Vaccination in Bombay 1869-1873 - 1869-1873
Year: 1869
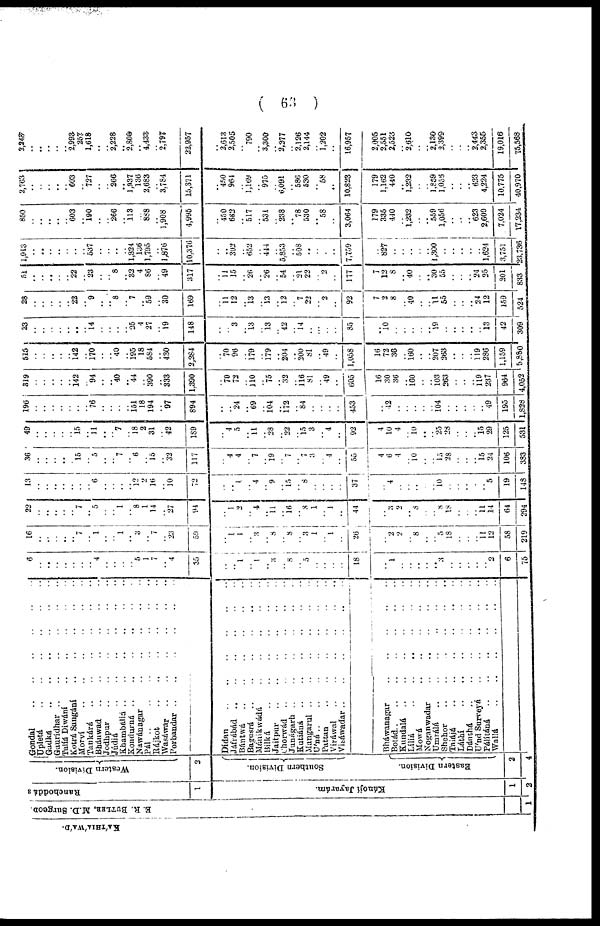
( 63 )
KÁTHÁWÁD.
E. R. BUTLHR, M.D. Surgeon.
1
Ranchoddás
1
Kánojí Jayarám.
1
2
Western Division.
2
Southern Division.
Eastern Division.
2
4
Gondal
..
..
..
..
Upletá
..
..
..
..
Gadká
..
..
..
..
..
..
Gaurídhar
..
..
..
..
Talíá Diwání
..
..
..
..
Kotrá Sangání
..
..
..
..
..
Morví .. .. .. ..
Tankárá
..
..
..
..
..
Bhánwad .. .. .. .. ..
Jodhpur .. .. .. .. .. ..
Júdiá
..
..
..
..
..
..
Khambáliá
..
..
..
..
Kondurná
..
..
..
..
..
..
Nawánagar
..
..
..
..
..
..
Pál .. .. .. .. .. ..
Rájkot
..
..
..
..
..
Wasáwar
..
..
..
..
..
Porbandar
..
..
..
..
..
Dídan
..
..
..
..
..
Jáfrábád
..
..
..
..
Bántwá
..
..
..
..
..
Bagusrá .. .. .. .. ..
Mánikwádá
..
..
..
..
..
Bilká
..
..
..
..
..
Jaitpur
..
..
..
..
..
Chorwád
..
..
..
..
..
Junágarh
..
..
..
..
..
Kutiáná
..
..
..
..
Mangarul
..
..
..
..
..
Uáná
..
..
..
..
..
..
Pattan
..
..
..
..
..
Viráwal
..
..
..
..
..
Visáwadar
..
..
..
..
..
Bháwanagar
..
..
..
..
..
Botád
..
..
..
..
..
..
Kundalá
..
..
..
..
..
Líliá
..
..
..
..
Mowá .. .. .. ..
Noganwadar
..
..
..
..
..
Umrálá
..
..
..
..
..
Shehor
..
..
..
..
..
Taiájá
..
..
..
..
..
Láthí
..
..
..
..
..
Dánthá
..
..
..
..
..
Uánd Surveyá
..
..
..
..
Pálítáná
..
..
..
..
..
Wallá
..
..
..
..
..
..
6
..
..
..
..
..
..
.. 4
..
..
..
.. 5
1
7
.. 4
35
..
.. 1
..
1
..
3
.. 8
.. 5
..
.. ..
..
18
..
1
..
..
..
..
.. 3
..
..
..
..
.. 2
6
75
16
..
..
..
..
.. 7
.. 1
..
.. 1
.. 3
.. 7
.. 23
59
..
1
1
..
3
.. 8
.. 8
.. 3
1
.. 1
..
26
..
2
2
.. 8
..
.. 5
18
..
..
.. 11
12
58
219
22
..
..
..
..
..
7
.. 5
..
.. 1
.. 8
1
14
.. 27
94
..
1
2
.. 4
.. 11
.. 10
.. 8
1
.. 1
..
44
..
3
2
.. 8
..
.. 8
18
..
..
.. 11
14
64
294
13
..
..
..
..
..
..
.. 6
..
..
..
.. 12
2
16
.. 10
72
..
.. 1
.. 4
.. 9
.. 15
.. 8
..
..
..
..
37
..
4
..
..
..
..
.. 10
..
..
..
..
.. 5
19
148
36
..
..
..
..
..
15
.. 5
..
.. 7
.. 6
.. 15
.. 32
117
..
4
4
..
7
.. 19
.. 7
..
.. 3
.. 4
..
55
4
6
4
.. 10
..
.. 15
28
..
..
.. 15
24
106
383
49
..
..
..
..
..
15
.. 11
..
.. 7
.. 18
2
31
.. 42
189
..
4
5
.. 11
.. 28
.. 22
.. 15 3
.. 4
..
92
4
10
4
.. 10
..
.. 25
28
..
..
.. 15
29
125
531
196
..
..
..
..
..
..
.. 76
..
..
..
.. 151
18
194
.. 97
894
..
.. 24
.. 69
.. 104
.. 172
.. 84
.. ..
..
..
453
..
42
..
..
..
..
.. 104
..
..
..
..
.. 49
195
1,828
319
..
..
..
..
.. 142
.. 94
..
.. 40
.. 44
.. 390
.. 333
1,390
..
70
72
.. 110
.. 75
.. 32
.. 116
81
.. 49
..
605
16
30
36
.. 160
..
.. 103
263
..
..
.. 119
237
964
4,052
515
..
..
..
..
.. 142
.. 170
..
.. 40
.. 195
18
584
.. 430
2,284
..
70
96
.. 179
.. 179
.. 204
.. 200
81
.. 49
..
1,058
16
72
36
.. 160
..
.. 207
263
..
..
.. 119
286
1,159
5,880
23
..
..
..
..
..
..
.. 14
..
..
..
.. 25
4
27
.. 19
148
..
.. 3
.. 13
.. 13
.. 42
.. 14
..
..
..
..
85
..
10
..
..
..
..
.. 19
..
..
..
..
.. 13
42
309
28
..
..
..
..
.. 22
.. 9
..
.. 8
.. 7
.. 59
.. 30
169
..
11
12
.. 13
.. 13
.. 12
.. 7
22
.. 2
..
92
7
2
8
.. 40
..
.. 11
55
..
..
.. 24
12
159
524
51
..
..
..
..
.. 22
.. 23
..
.. 8
.. 32
4
86
.. 49
317
..
11
15
.. 26
.. 26
.. 54
.. 21
22
.. 2
..
177
7
12
8
.. 40
.. .. 30
55
..
..
.. 24
25
201
833
1,913
..
..
..
..
..
..
.. 537
..
..
..
.. 1,324
136
1,795
.. 1,876
10,376
..
.. 302
.. 652
.. 444
.. 5,853
.. 508
..
..
..
..
7,759
..
827
..
..
.. ..
.. 1,300
.. ..
..
.. ..
1,624
3,751
23,736
850
..
..
..
..
.. 603
.. 190
..
.. 266
.. 113
.. 888
.. 1,908
4,995
..
450
662
.. 517
.. 531
.. 238
.. 78
530
.. 58
..
3,064
179
335
440
.. 1,232
..
.. 559
1,056
..
..
.. 623
2,600
7,024
17,234
2,763
..
..
..
..
.. 603
.. 727
..
.. 266
.. 1,937
136
2,683
.. 3,784
15,371
..
450
964
.. 1,169
.. 975
.. 6,091
.. 586
530
.. 58
..
10,823
179
1,162
440
..
1,232
..
.. 1,859
1,056
..
..
.. 623
4,224
10,775
40,970
2,248
..
..
..
..
..
2,993
257
1,618
..
.. 2,228
.. 2,800
.. 4,433
.. 2,797
22,957
2,613
2,505
.. 790
.. 3,300
.. 2,377
.. 2,126
2,144
.. 1,202
..
16,957
2,005
2,551
2,523
.. 2,610
..
.. 2,130
2,399
..
..
.. 2,443
2,355
19,016
75,568